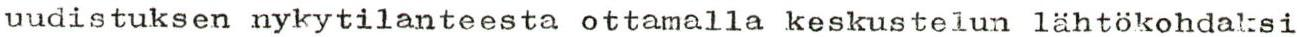
uudistuksen nykytilanteesta ottamalla keskustelun lähtökohdaksi